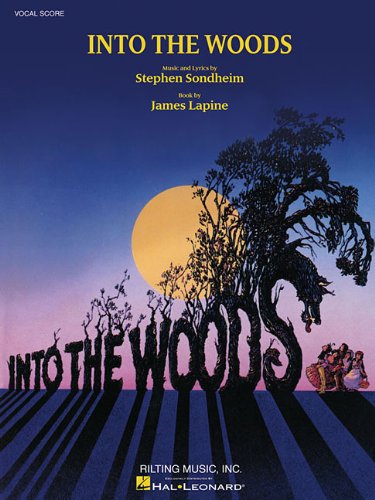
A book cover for Into The Woods Vocal Score; Humor & Entertainment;